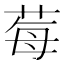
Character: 莓